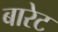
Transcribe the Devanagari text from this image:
बारेट